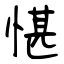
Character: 愖